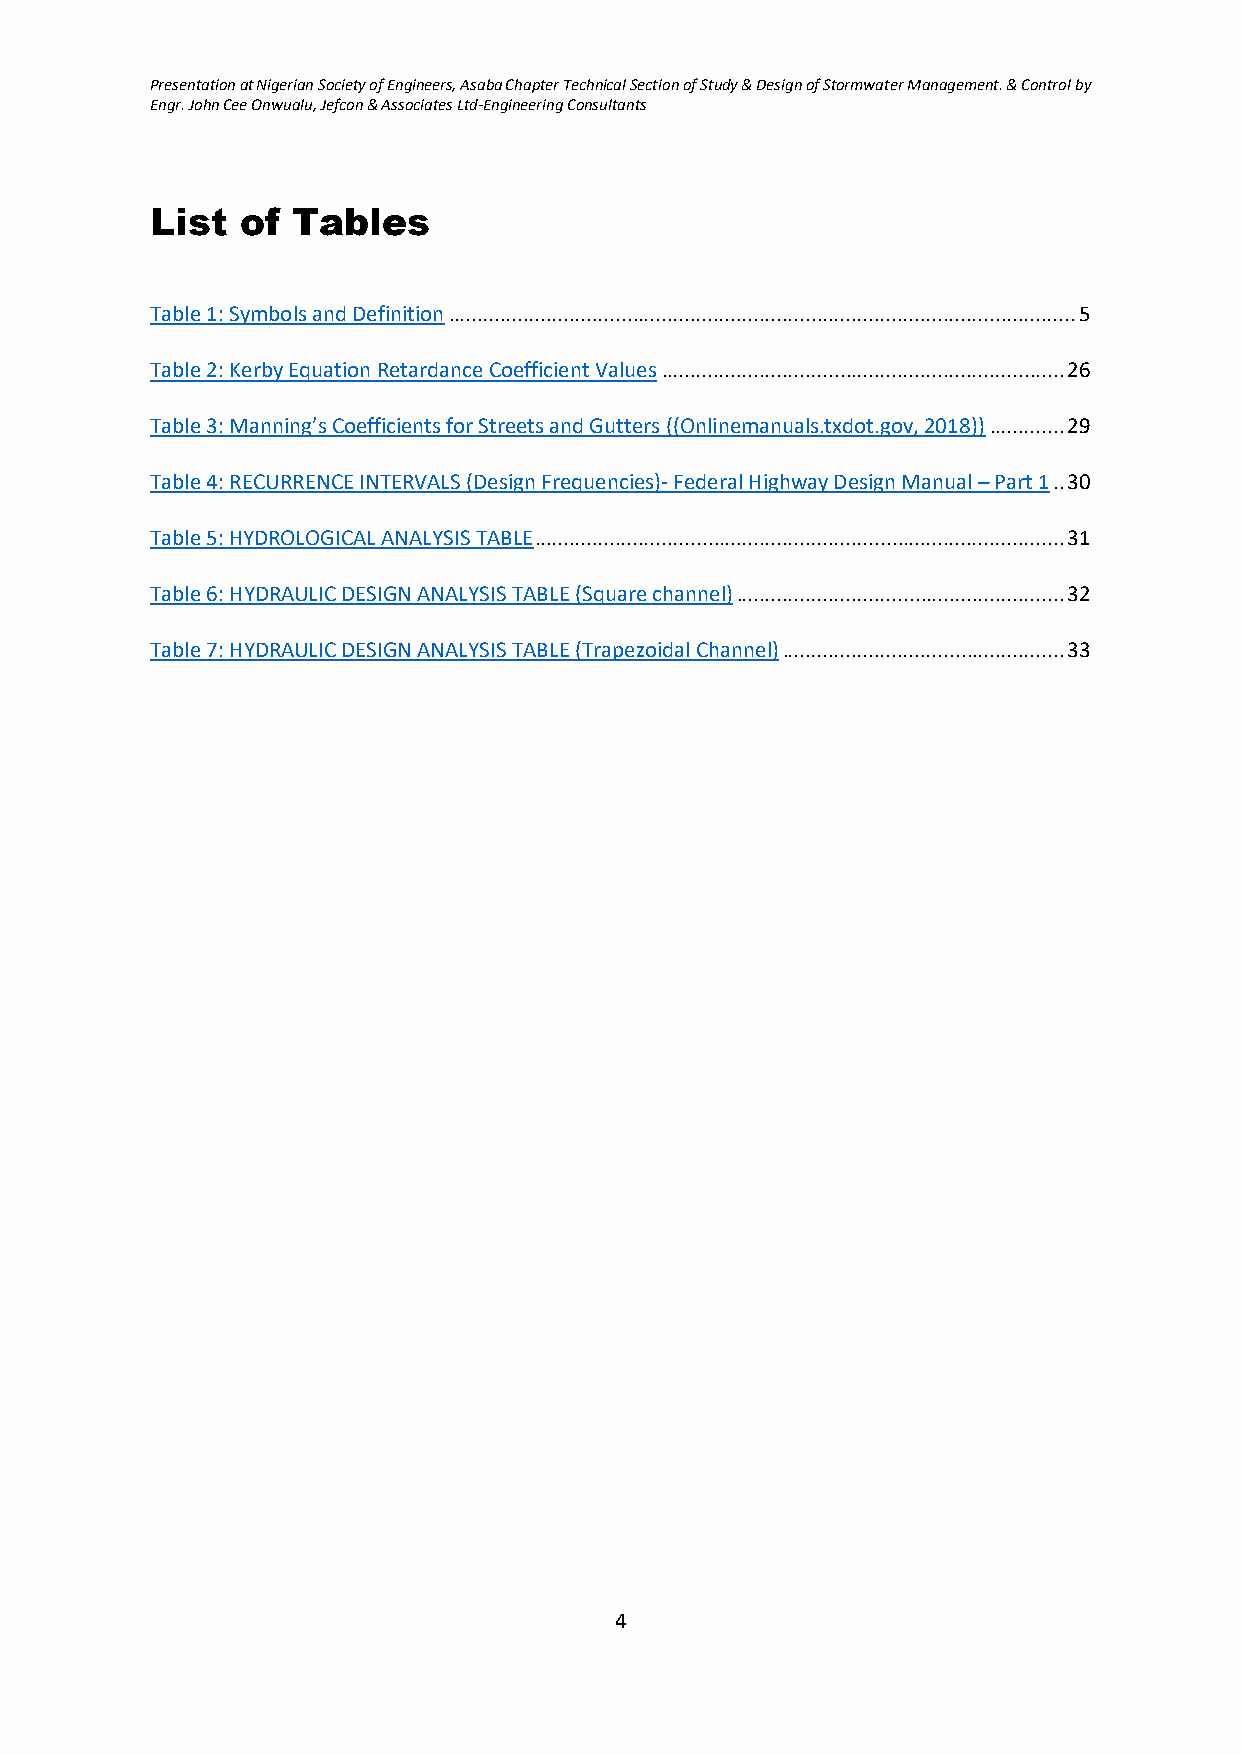
Presentation at Nigerian Society of Engineers, Asaba Chapter Technical Section of Study & Design of Stormwater Management. & Control by
 Engr. John Cee Onwualu, Jefcon & Associates Ltd-Engineering Consultants
 List  of Tables
 Table 1: Symbols and Definition ............................................................................................................. 5
 Table 2: Kerby Equation Retardance Coefficient Values ...................................................................... 26
 Table 3: Manning’s Coefficients for Streets and Gutters ((Onlinemanuals.txdot.gov, 2018)) ............. 29
 Table 4: RECURRENCE INTERVALS (Design Frequencies)- Federal Highway Design Manual – Part 1 .. 30
 Table 5: HYDROLOGICAL ANALYSIS TABLE ............................................................................................ 31
 Table 6: HYDRAULIC DESIGN ANALYSIS TABLE (Square channel) ......................................................... 32
 Table 7: HYDRAULIC DESIGN ANALYSIS TABLE (Trapezoidal Channel) ................................................. 33
 4